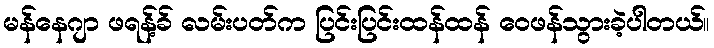
မန်နေဂျာ ဖရန့်ခ် လမ်းပတ်က ပြင်းပြင်းထန်ထန် ဝေဖန်သွားခဲ့ပါတယ်။